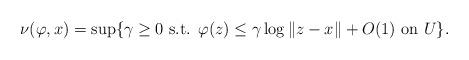
LaTeX: \begin{align*}\nu(\varphi,x) = \sup\{ \gamma \geq 0 \textup{ s.t. } \varphi(z) \leq \gamma \log \|z-x \| + O(1) \textup{ on } U\}.\end{align*}